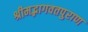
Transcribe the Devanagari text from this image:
श्रीमद्भागवतपुराण